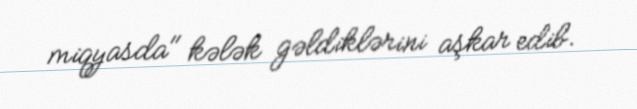
miqyasda" kələk gəldiklərini aşkar edib.